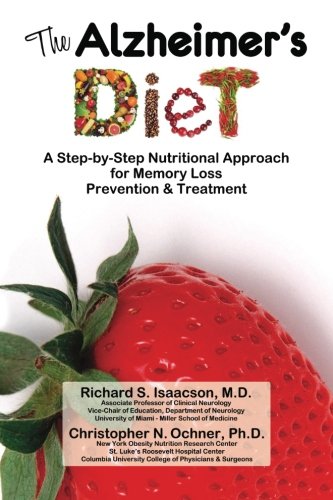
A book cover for The Alzheimer's Diet: A Step-by-Step Nutritional Approach for Memory Loss Prevention and Treatment (Volume 1); Richard S Isaacson MD; Health, Fitness & Dieting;